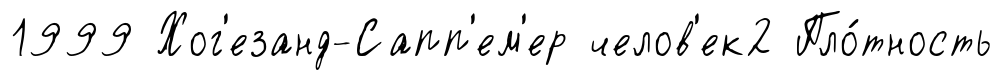
1999 Хог'езанд-Сапп'ем'ер челов'ек2 Пло́тность